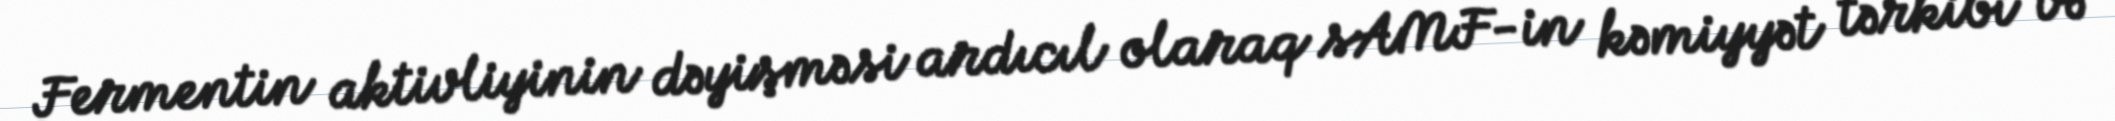
Fermentin aktivliyinin dəyişməsi ardıcıl olaraq sAMF-in kəmiyyət tərkibi və